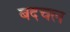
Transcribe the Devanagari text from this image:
बदचल